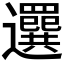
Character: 𦌻